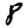
Digit: 8